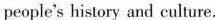
people's history and culture.